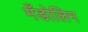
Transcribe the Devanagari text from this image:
मँडोलिन